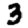
Digit: 3